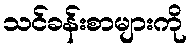
သင်ခန်းစာများကို